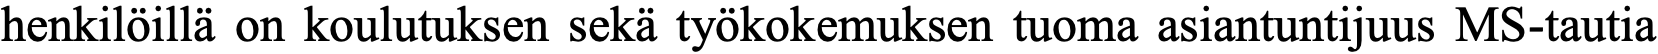
henkilöillä on koulutuksen sekä työkokemuksen tuoma asiantuntijuus MS-tautia